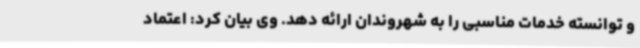
و توانسته‌ خدمات مناسبی را به شهروندان ارائه دهد. وی بیان کرد: اعتماد